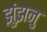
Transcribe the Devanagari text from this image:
झुंझनु